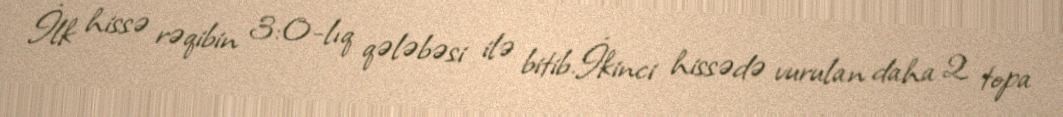
İlk hissə rəqibin 3:0-lıq qələbəsi ilə bitib.İkinci hissədə vurulan daha 2 topa